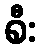
စီး